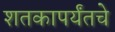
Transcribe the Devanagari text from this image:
शतकापर्यंतचे